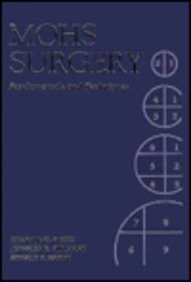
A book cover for Mohs Surgery: Fundamentals and Techniques, 1e; Kenneth G. Gross MD; Medical Books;